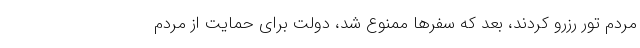
مردم تور رزرو کردند، بعد که سفرها ممنوع شد، دولت برای حمایت از مردم